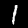
Label: 1